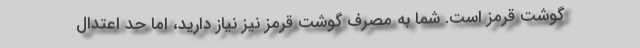
گوشت قرمز است. شما به مصرف گوشت قرمز نیز نیاز دارید، اما حد اعتدال